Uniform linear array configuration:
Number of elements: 12
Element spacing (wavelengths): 0.75
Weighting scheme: binomial
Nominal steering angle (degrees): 0
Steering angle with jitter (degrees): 1.607
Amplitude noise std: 0.05
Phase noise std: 0.05

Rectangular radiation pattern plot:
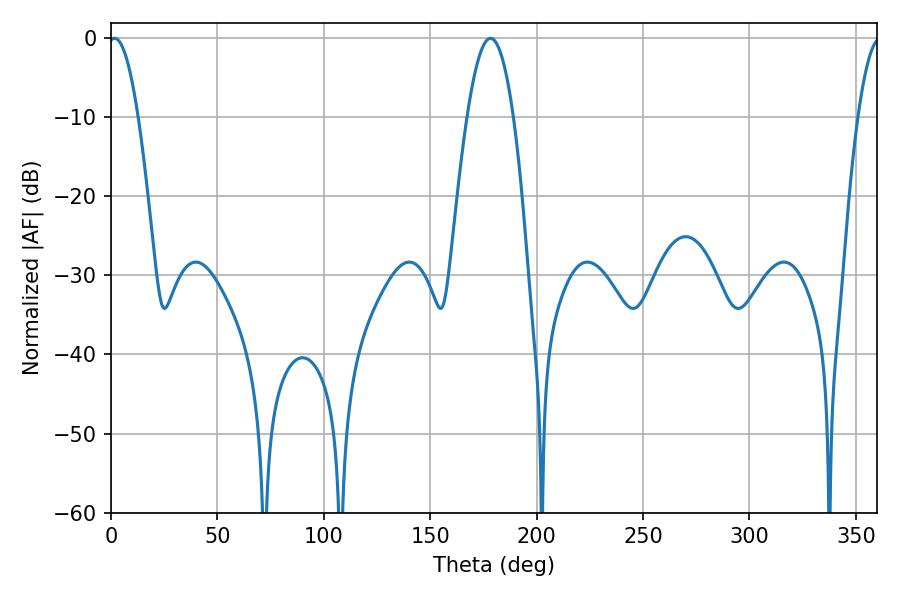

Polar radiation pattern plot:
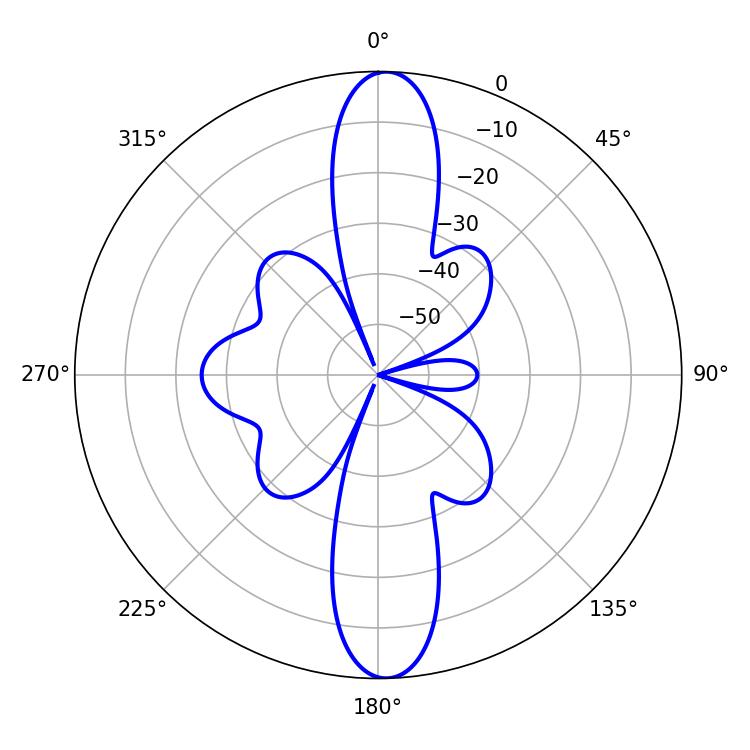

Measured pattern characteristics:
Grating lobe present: TRUE
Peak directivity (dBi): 22.028
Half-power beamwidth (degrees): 7.74
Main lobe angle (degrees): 1.62